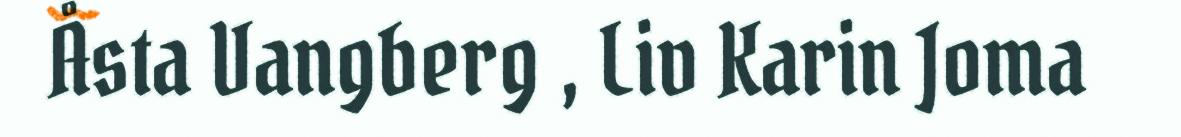
Åsta Vangberg , Liv Karin Joma